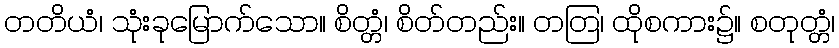
တတိယံ၊ သုံးခုမြောက်သော။ စိတ္တံ၊ စိတ်တည်း။ တတြ၊ ထိုစကား၌။ စတုတ္တံ၊